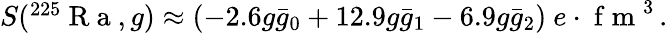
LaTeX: \begin{array}{r}{S(^{225}\mathrm{~R~a~},g)\approx(-2.6g\bar{g}_{0}+12.9g\bar{g}_{1}-6.9g\bar{g}_{2})\ e\cdot\mathrm{~f~m~}^{3}\, .}\end{array}